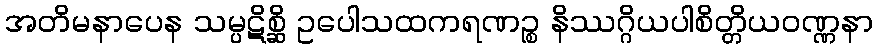
အတိမနာပေန သမ္ပဋိစ္ဆိ ဥပေါသထကရဏဉ္စ နိဿဂ္ဂိယပါစိတ္တိယဝဏ္ဏနာ